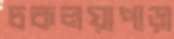
চকলয়াপাড়া